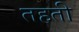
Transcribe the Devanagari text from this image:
तहती